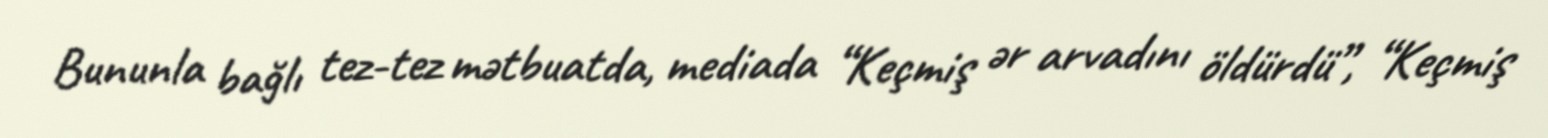
Bununla bağlı tez-tez mətbuatda, mediada “Keçmiş ər arvadını öldürdü”, “Keçmiş